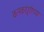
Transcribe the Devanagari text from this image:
कनकदुर्गाच्या